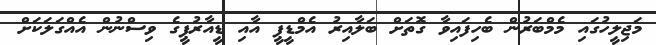
މަޖިލީހުގައި މެމްބަރުން ބެހިފައިވާ ގޮތަށް ބަލާއިރު އެމްޑީޕީ އާއި ޑީއާރުޕީގެ ވިސްނުން އެއްގަލަކަށް